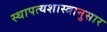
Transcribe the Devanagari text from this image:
स्थापत्यशास्त्रानुसार